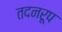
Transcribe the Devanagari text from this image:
तदनरूप